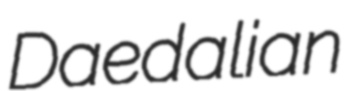
Daedalian